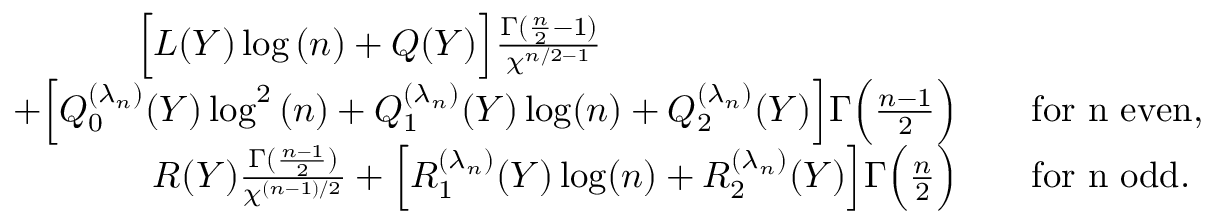
\begin{array} { r l } { \Big [ L ( Y ) \log { ( n ) } + Q ( Y ) \Big ] \frac { \Gamma ( \frac { n } { 2 } - 1 ) } { \chi ^ { n / 2 - 1 } } \qquad \qquad ~ ~ \qquad \qquad \quad } & { } \\ { + \Big [ Q _ { 0 } ^ { ( \lambda _ { n } ) } ( Y ) \log ^ { 2 } { ( n ) } + Q _ { 1 } ^ { ( \lambda _ { n } ) } ( Y ) \log ( n ) + Q _ { 2 } ^ { ( \lambda _ { n } ) } ( Y ) \Big ] \Gamma \Big ( \frac { n - 1 } { 2 } \Big ) } & { \quad \mathrm { f o r ~ n ~ e v e n } , } \\ { R ( Y ) \frac { \Gamma ( \frac { n - 1 } { 2 } ) } { \chi ^ { ( n - 1 ) / 2 } } + \Big [ R _ { 1 } ^ { ( \lambda _ { n } ) } ( Y ) \log ( n ) + R _ { 2 } ^ { ( \lambda _ { n } ) } ( Y ) \Big ] \Gamma \Big ( \frac { n } { 2 } \Big ) } & { \quad \mathrm { f o r ~ n ~ o d d } . } \end{array}